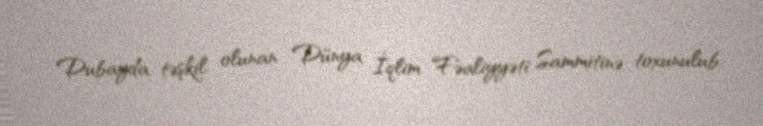
Dubayda təşkil olunan Dünya İqlim Fəaliyyəti Sammitinə toxunulub.